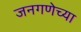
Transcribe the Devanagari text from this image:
जनगणेच्या